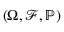
( \Omega , { \mathscr { F } } , { { \mathbb { P } } } )